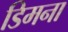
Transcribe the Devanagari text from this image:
डिमना